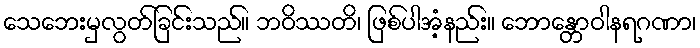
သေဘေးမှလွတ်ခြင်းသည်။ ဘဝိဿတိ၊ ဖြစ်ပါအံ့နည်း။ ဘောန္တောဝါနရဂဏာ၊